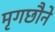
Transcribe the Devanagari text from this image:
मृगछौने